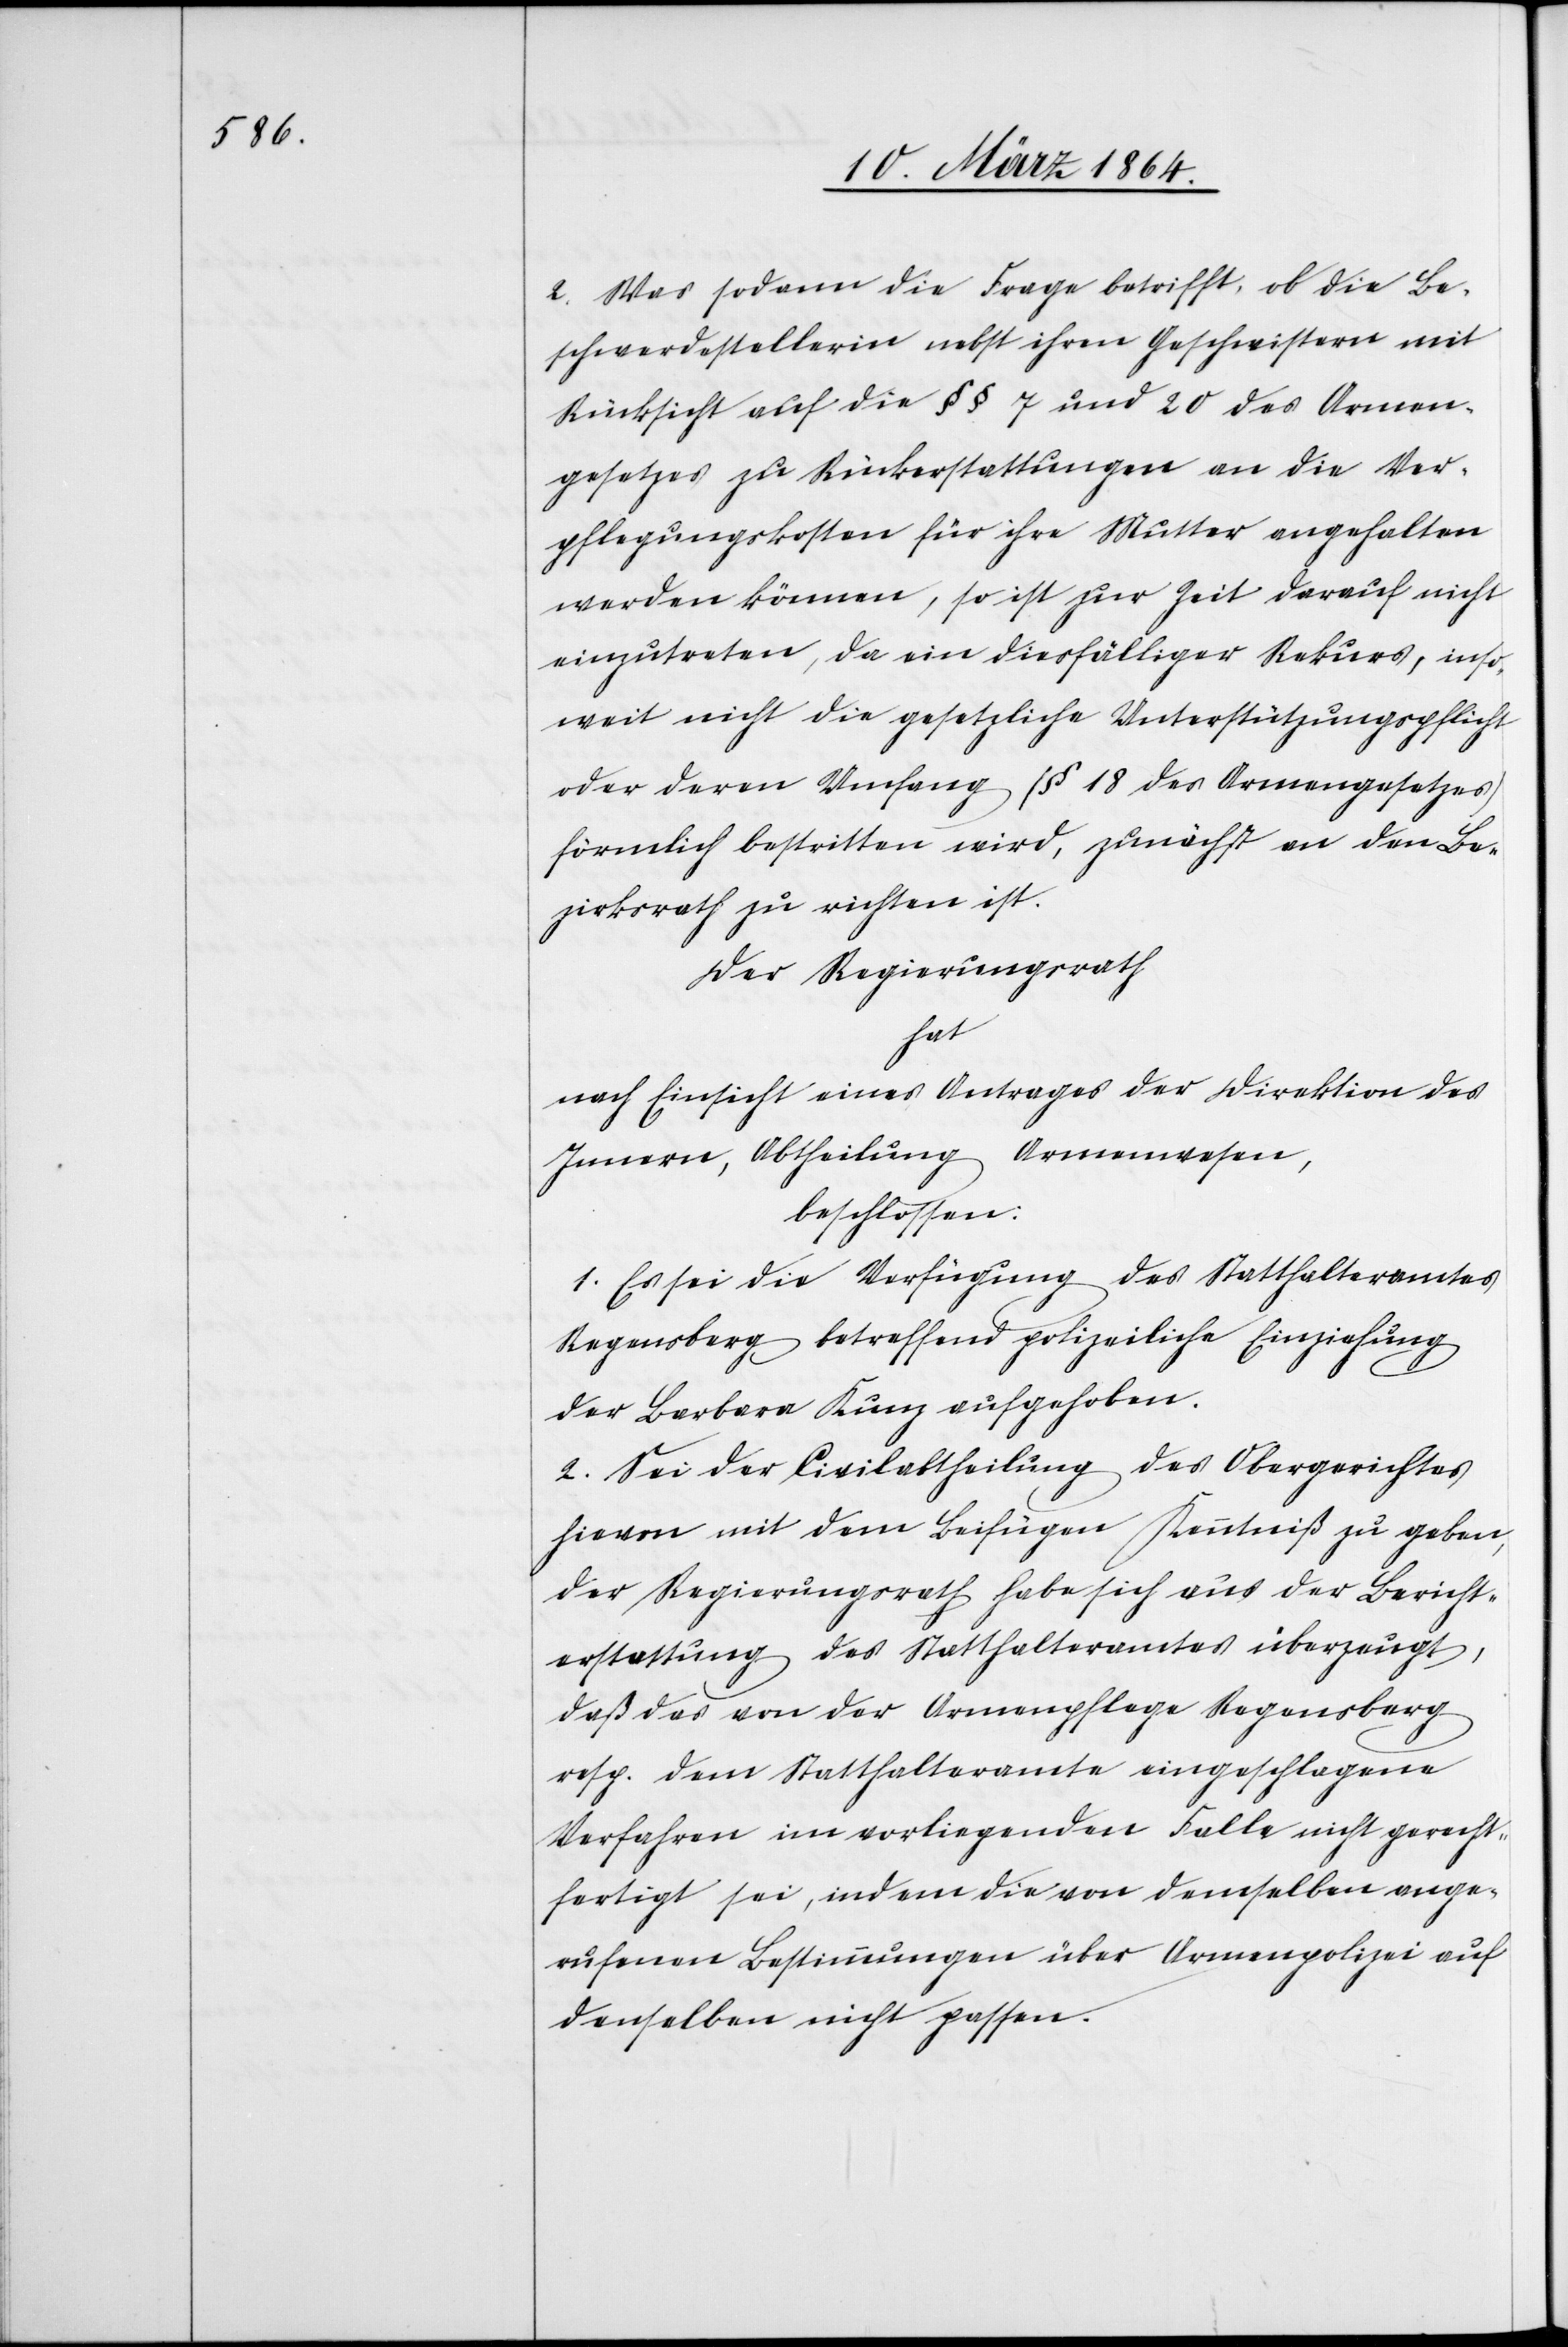
2. Was sodann die Frage betrifft, ob die Be¬
schwerdestellerin nebst ihren Geschwistern mit
Rücksicht auf die §§ 7 und 20 des Armen¬
gesetzes zu Rückerstattungen an die Ver¬
pflegungskosten für ihre Mutter angehalten
werden können, so ist zur Zeit darauf nicht
einzutreten, da ein diesfälliger Rekurs, inso¬
weit nicht die gesetzliche Unterstützungspflicht
oder deren Umfang (§ 18 des Armengesetzes)
förmlich bestritten wird, zunächst an den Be¬
zirksrath zu richten ist.
Der Regierungsrath
hat
nach Einsicht eines Antrages der Direktion des
Innern, Abtheilung Armenwesen,
beschlossen:
1. Es sei die Verfügung des Statthalteramtes
Regensberg betreffend polizeiliche Einziehung
der Barbara Kunz aufgehoben.
2. Sei der Civilabtheilung des Obergerichtes
hievon mit dem Beifügen Kenntniß zu geben,
der Regierungsrath habe sich aus der Bericht¬
erstattung des Statthalteramtes überzeugt,
daß das von der Armenpflege Regensberg
resp. dem Statthalteramte eingeschlagene
Verfahren im vorliegenden Falle nicht gerecht¬
fertigt sei, indem die von demselben ange¬
rufenen Bestimmungen über Armenpolizei auf
denselben nicht passen.